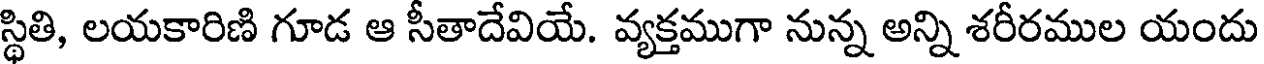
స్థితి, లయకారిణి గూడ ఆ సీతాదేవియే. వ్యక్తముగా నున్న అన్ని శరీరముల యందు